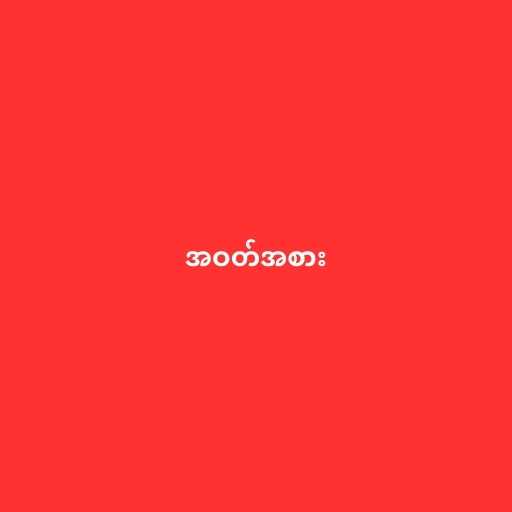
အဝတ်အစား